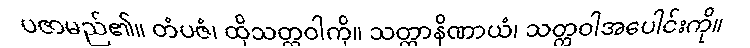
ပဇာမည်၏။ တံပဇံ၊ ထိုသတ္တဝါကို။ သတ္တာနိဏာယံ၊ သတ္တဝါအပေါင်းကို။